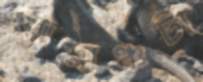
রোমাঞ্চটা